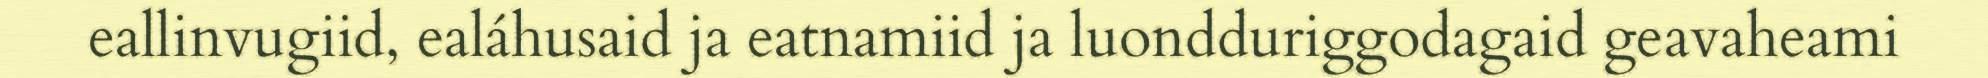
eallinvugiid, ealáhusaid ja eatnamiid ja luondduriggodagaid geavaheami